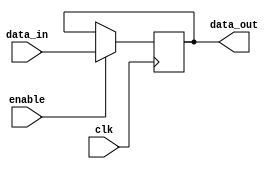
module Reg_Enable(
    input clk, enable,
    input [31:0] data_in,
    output reg [31:0] data_out
);

    always @(posedge clk) begin 
        if (enable) 
				data_out <= data_in;
    end

endmodule